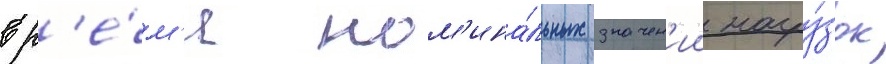
вр'е́м'я ном'ина́льных значен'ии нагру́зок